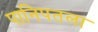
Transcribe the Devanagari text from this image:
पानिपतला